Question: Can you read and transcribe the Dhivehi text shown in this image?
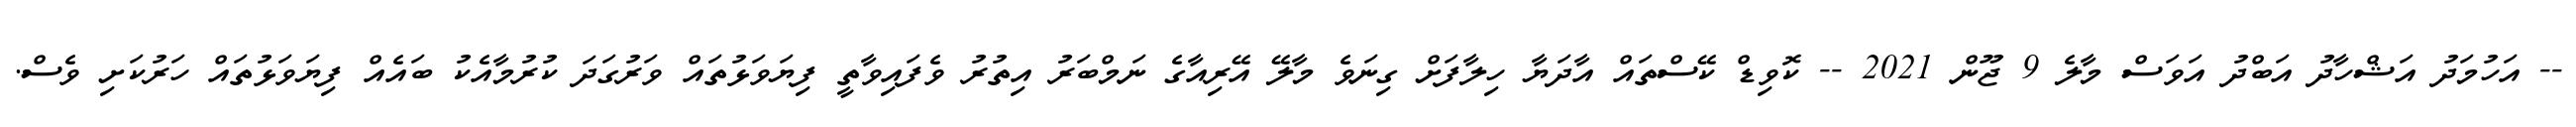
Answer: -- އަހުމަދު އަޝްހާދު އަބްދު އަވަސް މާލެ 9 ޖޫން 2021 -- ކޮވިޑް ކޭސްތައް އާދަޔާ ހިލާފަށް ގިނަވެ މާލޭ އޭރިއާގެ ނަމްބަރު އިތުރު ވެފައިވާތީ ފިޔަވަޅުތައް ވަރުގަދަ ކުރުމާއެކު ބައެއް ފިޔަވަޅުތައް ހަރުކަށި ވެސް.